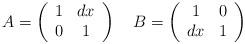
LaTeX: \begin{align*} A=\left( \begin{array}{cc} 1 & dx \\ 0 & 1 \end{array}\right)\quad B=\left( \begin{array}{cc} 1 & 0 \\ dx & 1 \end{array}\right)\end{align*}